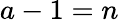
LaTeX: a-1=n